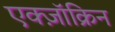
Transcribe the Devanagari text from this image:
एक्ज़ॉक्रिन